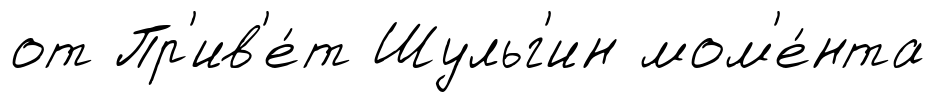
от Пр'ив'е́т Шульг'ин мом'е́нта